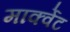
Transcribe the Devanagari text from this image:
मार्क्वेट